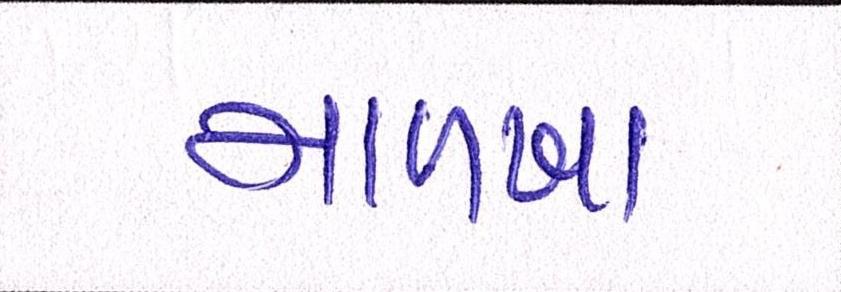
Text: માળખા